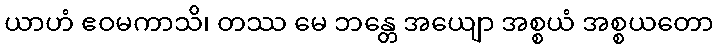
ယာဟံ ဧဝမကာသိ၊ တဿ မေ ဘန္တေ အယျော အစ္စယံ အစ္စယတော